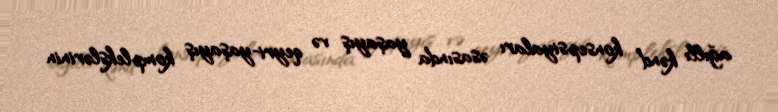
ağıllı kənd” konsepsiyaları əsasında yaşayış və qeyri-yaşayış komplekslərinin